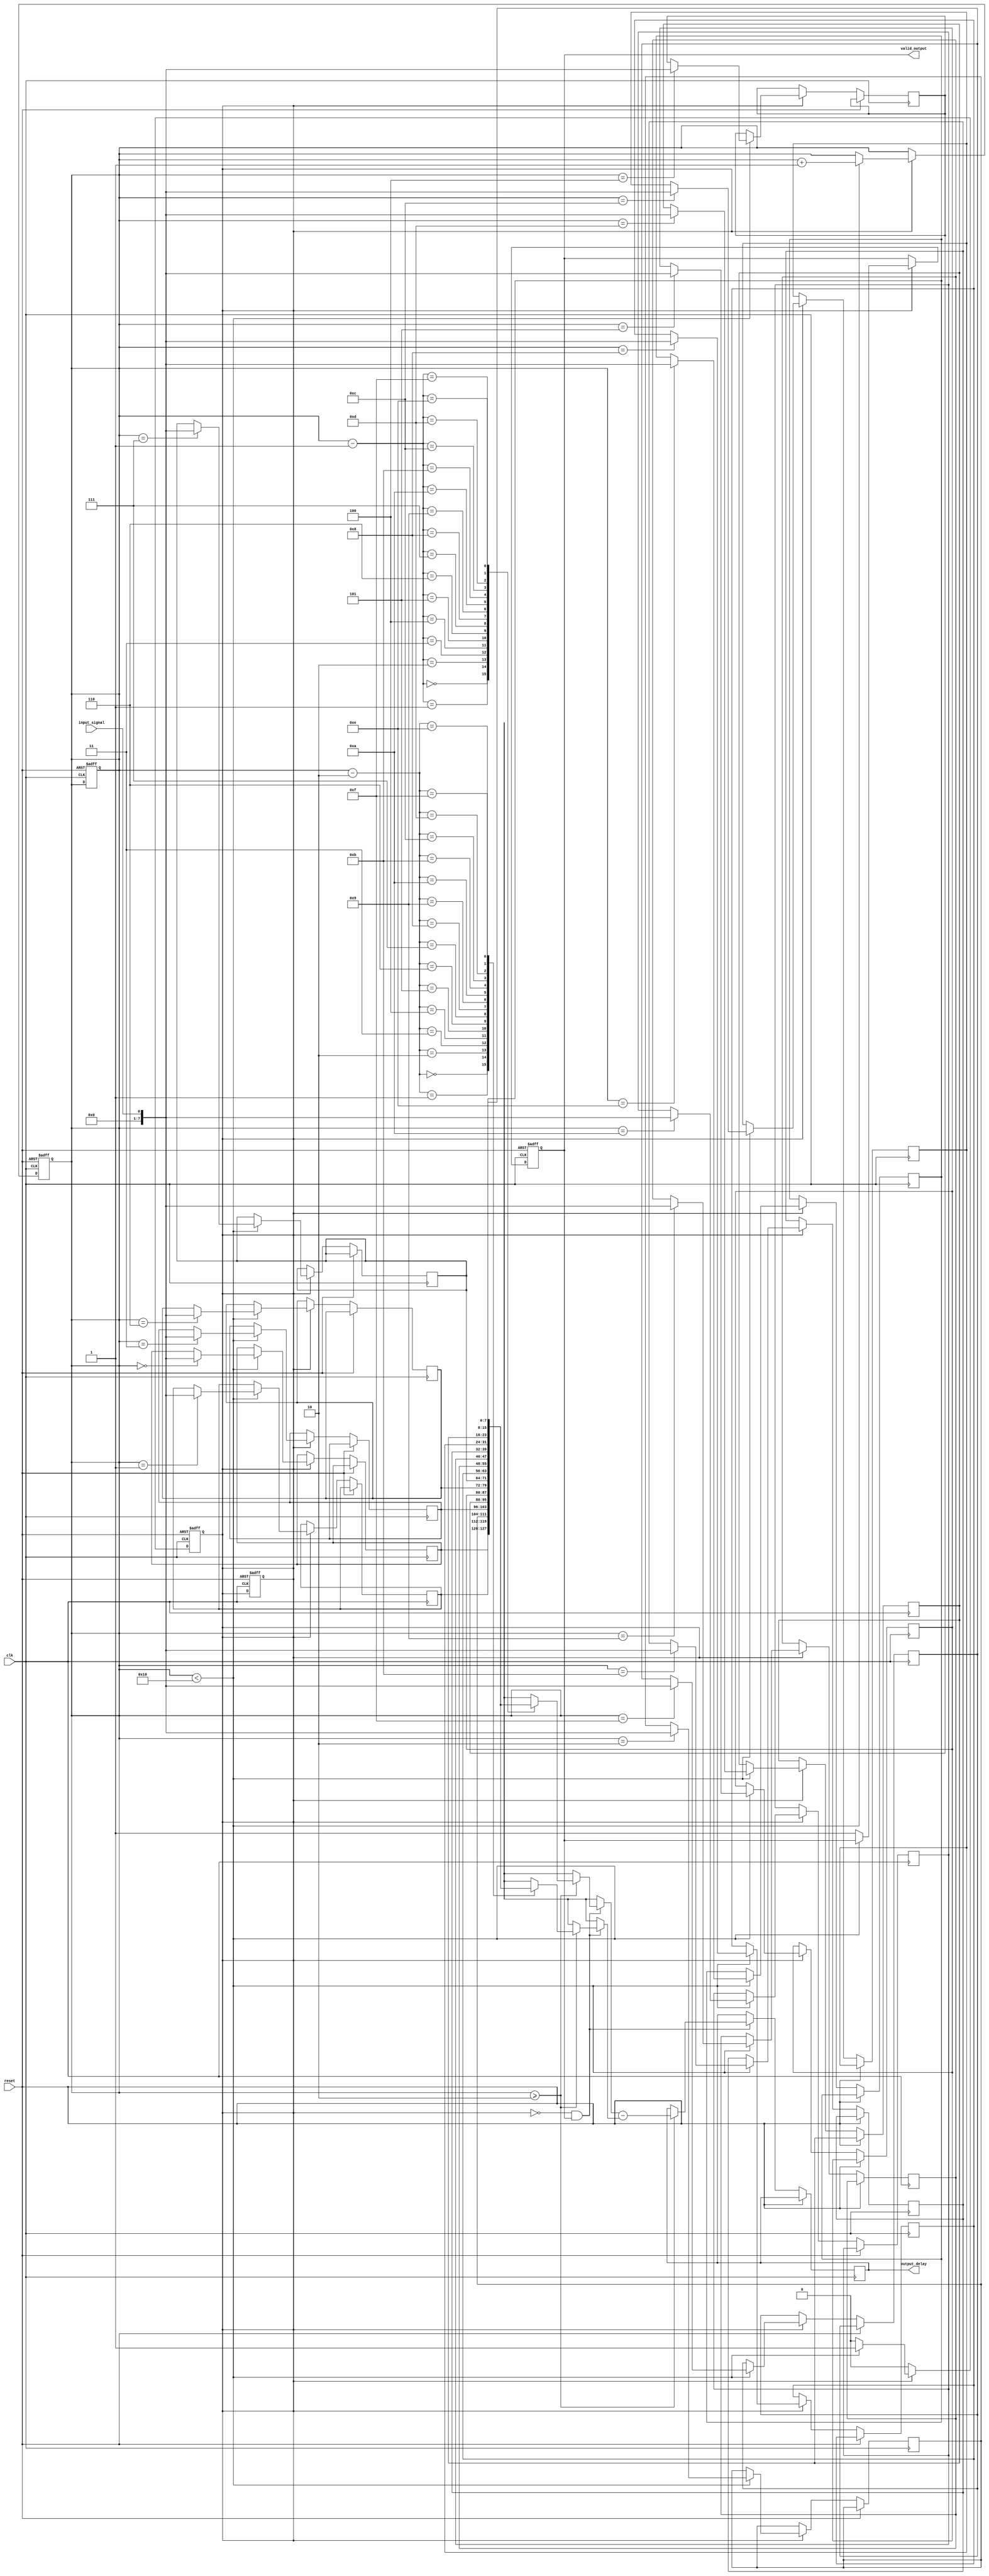
module SamplingDelayLineDetector #(
    parameter NUM_SAMPLES = 16,         // Number of memory blocks
    parameter SAMPLE_WIDTH = 8           // Width of each sample
)(
    input wire clk,                      // Sampling clock
    input wire reset,                    // Reset signal
    input wire input_signal,              // Input signal to be sampled
    output reg [SAMPLE_WIDTH-1:0] output_delay, // Output delay measurement
    output reg valid_output              // Output valid flag
);
    
    reg [SAMPLE_WIDTH-1:0] samples [0:NUM_SAMPLES-1]; // Memory blocks for sampling
    reg [3:0] sample_index;               // Index for current sample
    reg recording;                         // Flag to control sampling
    reg [SAMPLE_WIDTH-1:0] delay_value;   // For storing the computed delay value

    // Control Logic for Sampling
    always @(posedge clk or posedge reset) begin
        if (reset) begin
            sample_index <= 0;
            recording <= 1'b0; 
            valid_output <= 1'b0; // Invalid output on reset
        end else begin
            // Start sampling process
            if (recording) begin
                if (sample_index < NUM_SAMPLES) begin
                    samples[sample_index] <= input_signal; // Store the sampled value
                    sample_index <= sample_index + 1;     // Increment index
                end else begin
                    // Stop sampling after NUM_SAMPLES
                    recording <= 1'b0;  
                    valid_output <= 1'b1; // Set output valid flag
                end
            end
        end
    end

    // Start Sampling Control (Manual trigger for demo purposes)
    always @(posedge clk or posedge reset) begin
        if (reset) begin
            recording <= 1'b1; // Start recording on reset
            sample_index <= 0; // Initialize the sample index
        end else if (!recording && valid_output) begin
            // Process recorded samples to calculate delay
            // For this example, we will simply find the delay
            // Assuming the last two samples are of interest for delay calculation
            if (sample_index >= 2) begin
                delay_value = samples[sample_index-1] - samples[sample_index-2];
                output_delay <= delay_value; // Output the calculated delay
            end
        end
    end
endmodule